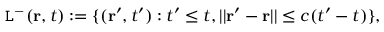
\begin{array} { r } { \mathtt { L } ^ { - } ( \mathbf { r } , t ) : = \{ ( \mathbf { r } ^ { \prime } , t ^ { \prime } ) : t ^ { \prime } \leq t , | | \mathbf { r } ^ { \prime } - \mathbf { r } | | \leq c ( t ^ { \prime } - t ) \} , } \end{array}